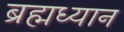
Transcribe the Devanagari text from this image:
ब्रह्मध्यान